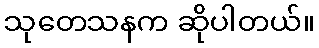
သုတေသနက ဆိုပါတယ်။